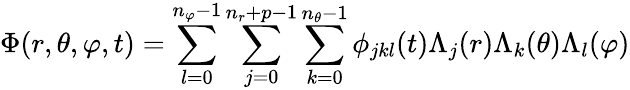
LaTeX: \Phi(r,\theta,\varphi,t)=\sum_{l=0}^{n_{\varphi}-1}\sum_{j=0}^{n_{r}+p-1}\sum_{k=0}^{n_{\theta}-1}\phi_{jkl}(t)\Lambda_{j}(r)\Lambda_{k}(\theta)\Lambda_{l}(\varphi)